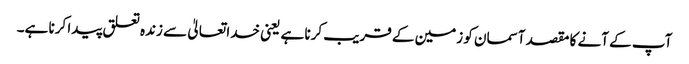
آپ کے آنے کا مقصد آسمان کو زمین کے قریب کرنا ہے یعنی خدا تعالیٰ سے زندہ تعلق پیدا کرنا ہے۔